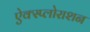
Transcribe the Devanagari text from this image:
ऐक्स्प्लोराशन